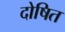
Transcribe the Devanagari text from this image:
दोषित